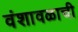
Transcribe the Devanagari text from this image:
वंशावळाची